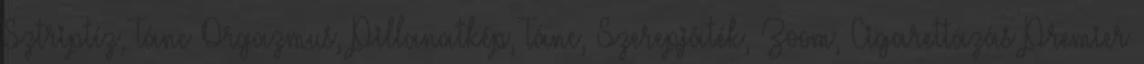
Sztriptíz, Tánc Orgazmus, Pillanatkép, Tánc, Szerepjáték, Zoom, Cigarettázás Premier